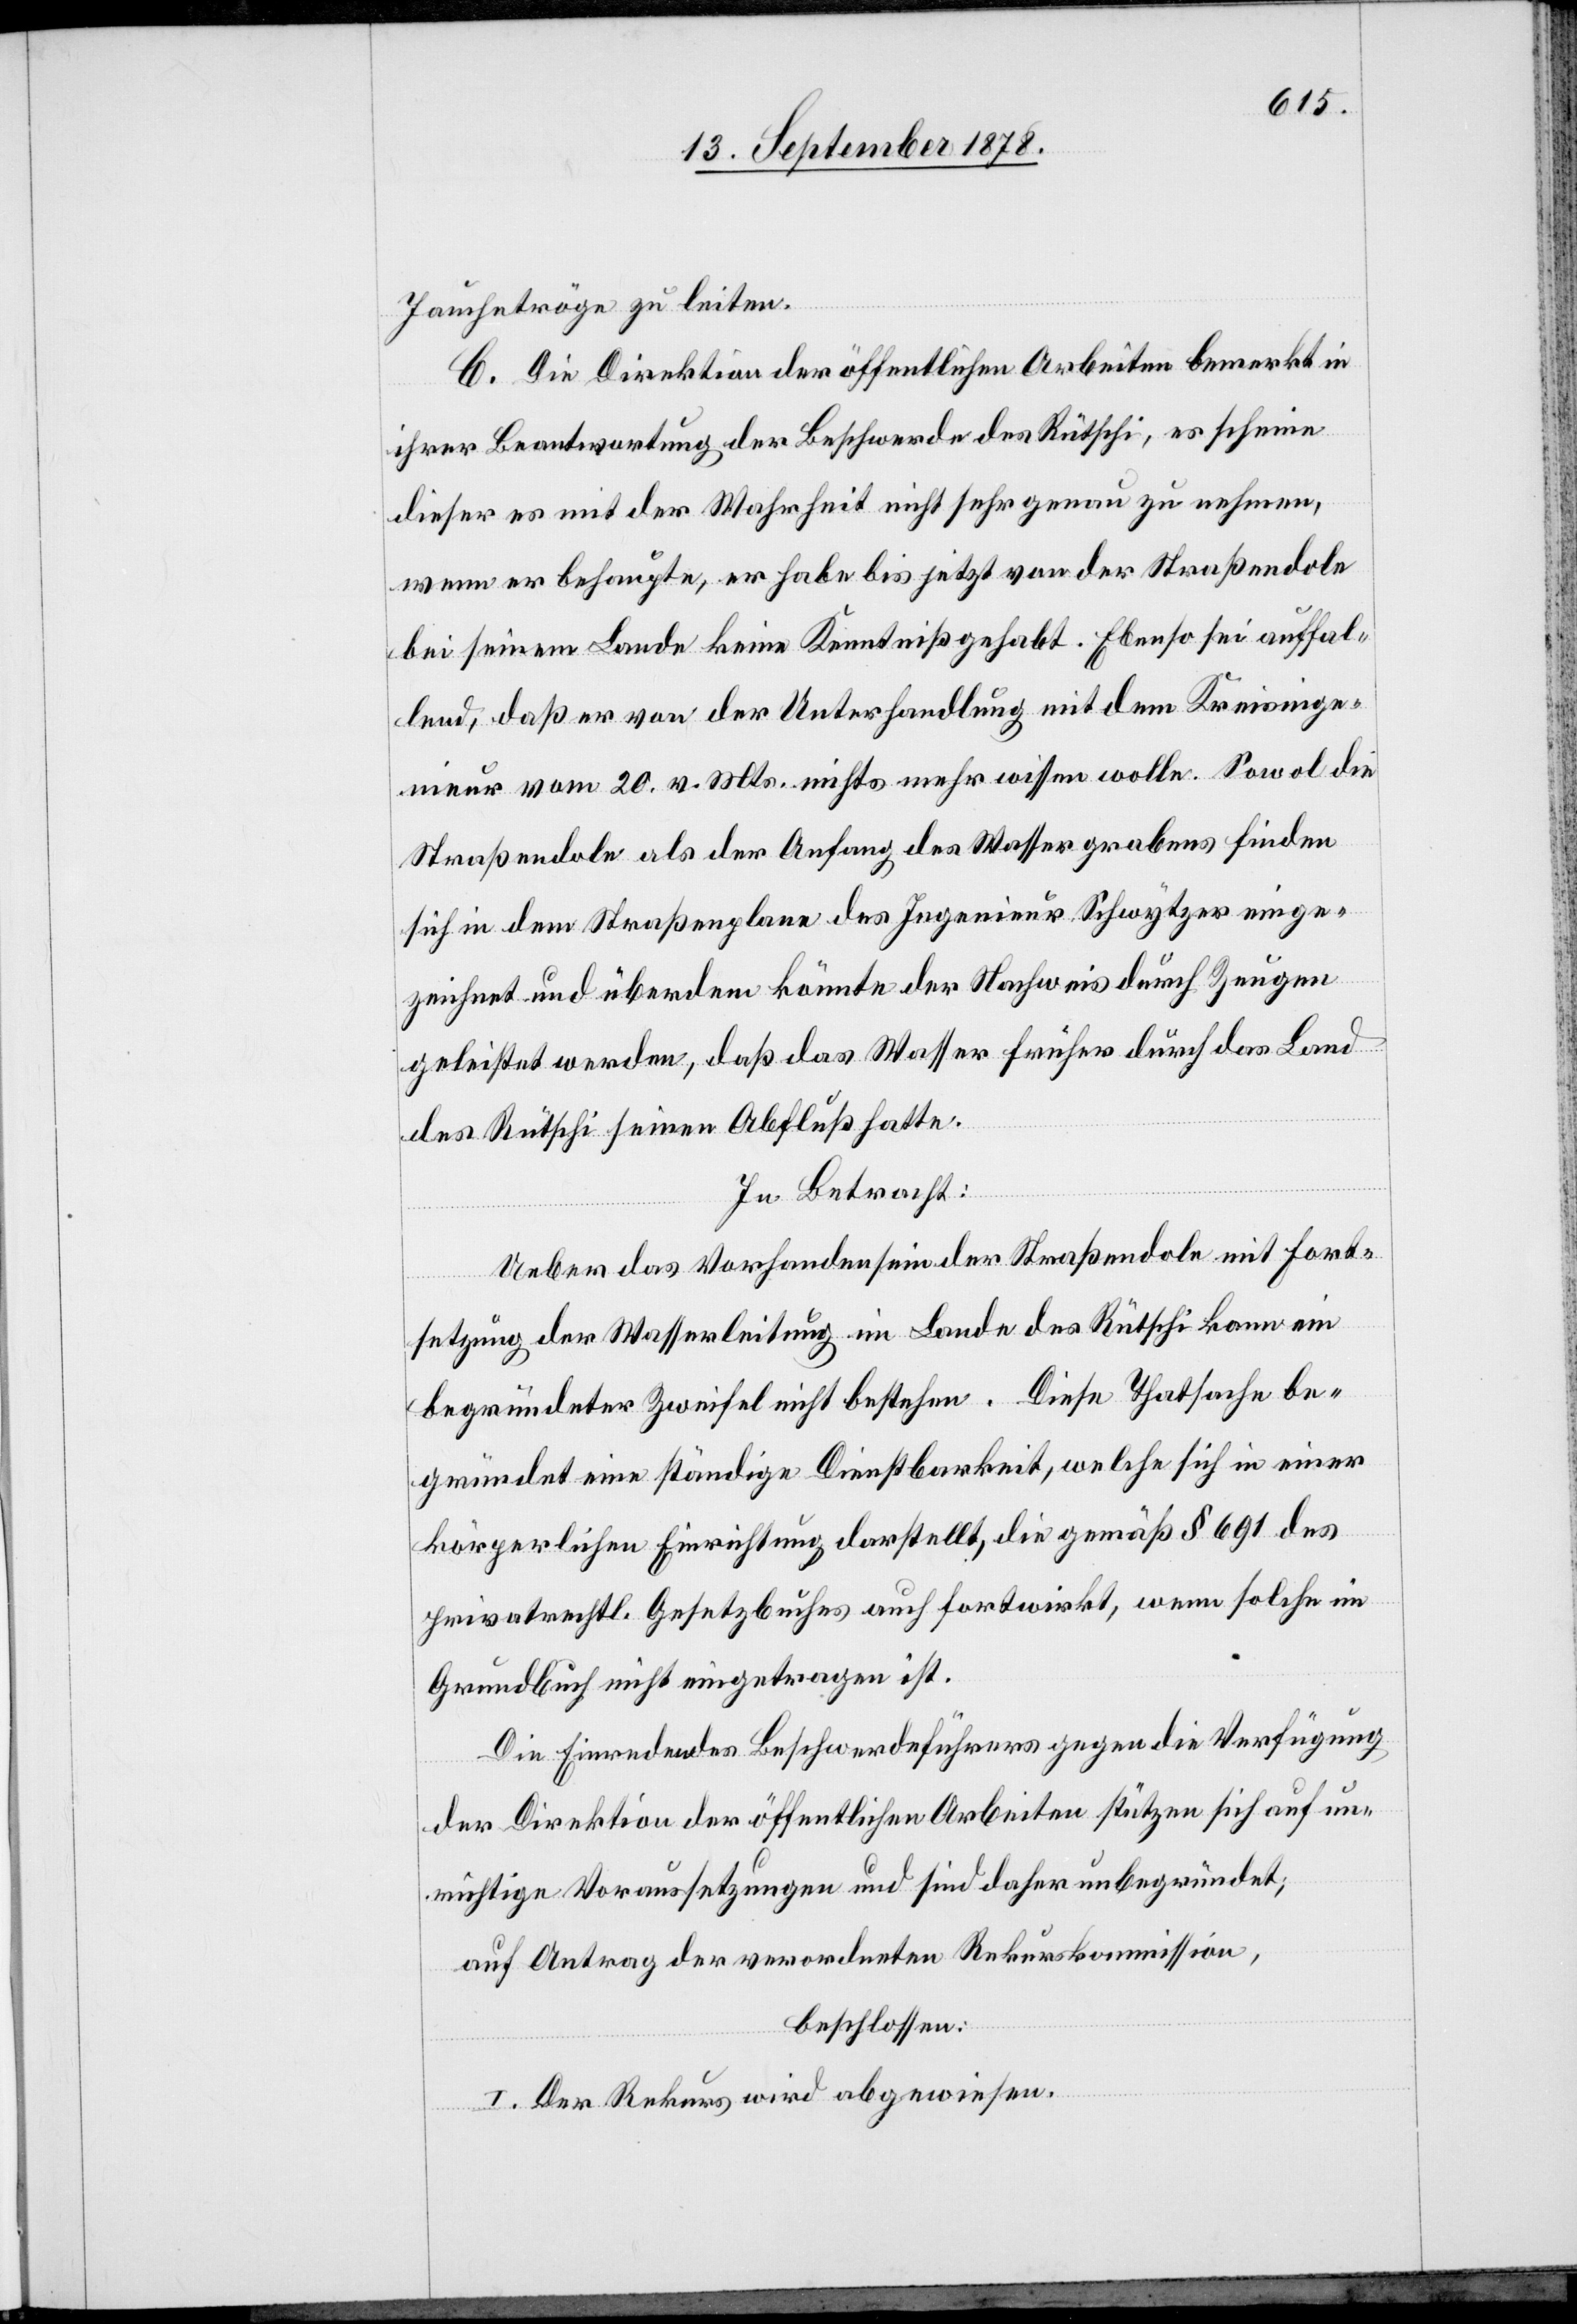
Jauchetröge zu leiten.
C. Die Direktion der öffentlichen Arbeiten bemerkt in
ihrer Beantwortung der Beschwerde des Rütschi, es scheine
dieser es mit der Wahrheit nicht sehr genau zu nehmen,
wenn er behaupte, er habe bis jetzt von der Straßendole
bei seinem Lande keine Kenntniß gehabt. Ebenso sei auffal¬
lend, daß er von der Unterhandlung mit dem Kreisinge¬
nieur vom 20. v. Mts. nichts mehr wissen wolle. Sowol die
Straßendole als der Anfang des Wassergrabens finden
sich in dem Straßenplane des Ingenieur Schwytzers einge¬
zeichnet und überdem könnte der Nachweis durch Zeugen
geleistet werden, daß das Wasser früher durch das Land
des Rütschi seinen Abfluß hatte.
In Betracht:
Ueber das Vorhandensein der Straßendole mit Fort¬
setzung der Wasserleitung im Lande des Rütschi kann ein
begründeter Zweifel nicht bestehen. Diese Thatsache be¬
gründet eine ständige Dienstbarkeit, welche sich in einer
körperlichen Einrichtung darstellt, die gemäß § 691 des
privatrechtl. Gesetzbuches auch fortwirkt, wenn solche im
Grundbuch nicht eingetragen ist.
Die Einreden des Beschwerdeführers gegen die Verfügung
der Direktion der öffentlichen Arbeiten stützen sich auf un¬
richtige Voraussetzungen und sind daher unbegründet;
auf Antrag der verordneten Rekurskommission,
beschlossen:
I. Der Rekurs wird abgewiesen.